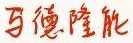
马德隆能